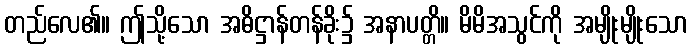
တည်လေ၏။ ဤသို့သော အဓိဋ္ဌာန်တန်ခိုး၌ အနာပတ္တိ။ မိမိအသွင်ကို အမျိုးမျိုးသော